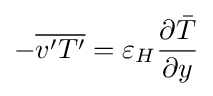
-{\overline {v'T'}}=\varepsilon _{H}{\frac {\partial {\bar {T}}}{\partial y}}